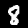
Label: 8